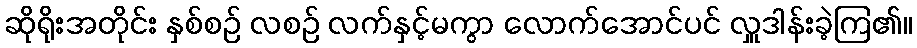
ဆိုရိုးအတိုင်း နှစ်စဉ် လစဉ် လက်နှင့်မကွာ လောက်အောင်ပင် လှူဒါန်းခဲ့ကြ၏။